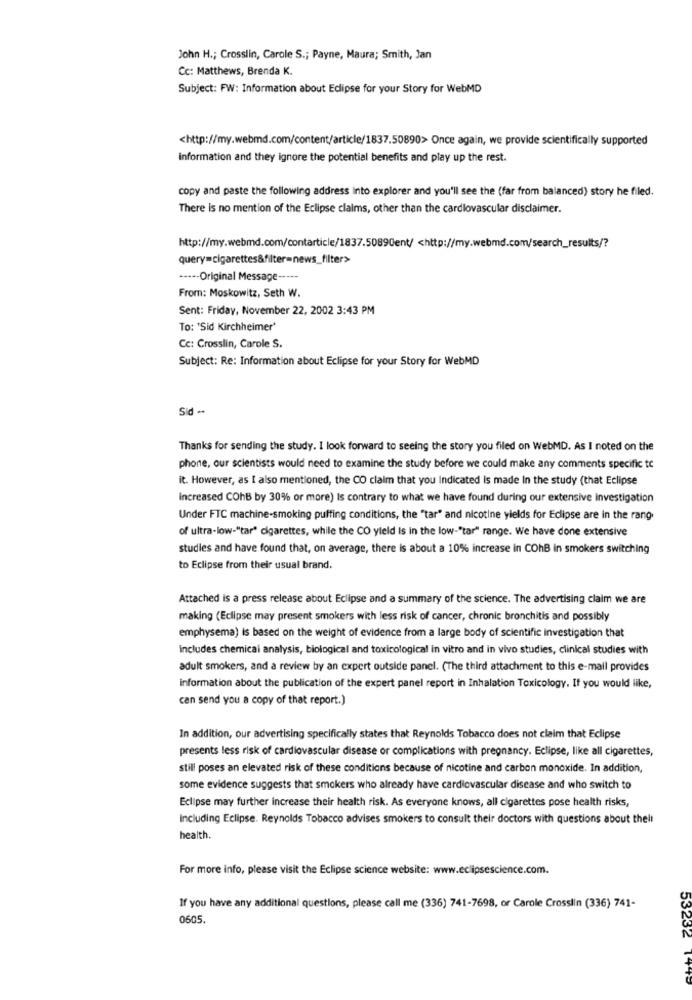
John H .; Crosslin, Carole S .; Payne, Maura; Smith, Jan
Cc: Matthews, Brenda K.
Subject: FW: Information about Edipse for your Story for WebMD
<http://my.webmd.com/content/article/1837.50890> Once again, we provide scientifically supported
information and they ignore the potential benefits and play up the rest.
copy and paste the following address into explorer and you'll see the (far from balanced) story he filed.
There is no mention of the Eclipse claims, other than the cardiovascular disclaimer.
http://my.webmd.com/contarticle/1837.5089Cent/ <http://my.webmd.com/search_results/?
query=cigarettes&filter=news_filter>
···-- Original Message -----
From: Moskowitz, Seth W.
Sent: Friday, November 22, 2002 3:43 PM
To: 'Sid Kirchheimer'
Cc: Crosslin, Carole S.
Subject: Re: Information about Eclipse for your Story for WebMD
Sid **
Thanks for sending the study. I look forward to seeing the story you filed on WebMD. As I noted on the
phone, our scientists would need to examine the study before we could make any comments specific to
it. However, as I also mentioned, the CO claim that you Indicated is made In the study (that Eclipse
Increased COhB by 30% or more) Is contrary to what we have found during our extensive investigation
Under FTC machine-smoking puffing conditions, the "tar" and nicotine yields for Eclipse are in the rang
of ultra-low-"tar" cigarettes, while the CO yield Is in the low-"tar" range. We have done extensive
studies and have found that, on average, there is about a 10% increase in COhB in smokers switching
to Eclipse from their usual brand.
Attached is a press release about Eclipse and a summary of the science. The advertising claim we are
making (Eclipse may present smokers with less risk of cancer, chronic bronchitis and possibly
emphysema) is based on the weight of evidence from a large body of scientific investigation that
includes chemical analysis, biological and toxicological in vitro and in vivo studies, clinical studies with
adult smokers, and a review by an expert outside panel. (The third attachment to this e-mail provides
information about the publication of the expert panel report in Inhalation Toxicology. If you would like,
can send you a copy of that report.)
In addition, our advertising specifically states that Reynolds Tobacco does not claim that Eclipse
presents less risk of cardiovascular disease or complications with pregnancy. Eclipse, like all cigarettes,
still poses an elevated risk of these conditions because of nicotine and carbon monoxide. In addition,
some evidence suggests that smokers who already have cardiovascular disease and who switch to
Eclipse may further increase their health risk. As everyone knows, all cigarettes pose health risks,
Including Eclipse. Reynolds Tobacco advises smokers to consult their doctors with questions about thell
health.
For more info, please visit the Eclipse science website: www.eclipsescience.com.
If you have any additional questions, please call me (336) 741-7698, or Carole Crosslin (336) 741-
0605.
53232 1442